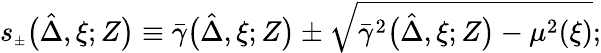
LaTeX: s_{{\scriptscriptstyle\pm}}\big(\hat{\Delta},\xi;Z\big)\equiv\bar{\gamma}\big(\hat{\Delta},\xi;Z\big)\pm\sqrt{\bar{\gamma}^{2}\big(\hat{\Delta},\xi;Z\big)-\mu^{2}(\xi)};